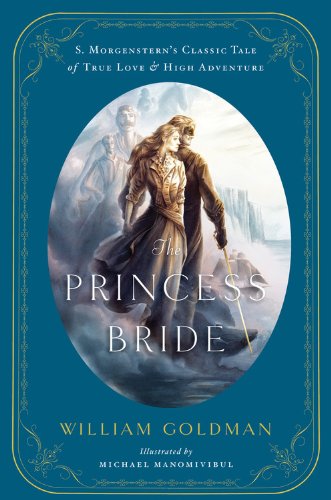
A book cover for The Princess Bride: An Illustrated Edition of S. Morgenstern's Classic Tale of True Love and High Adventure; William Goldman; Science Fiction & Fantasy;